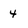
Character: 4